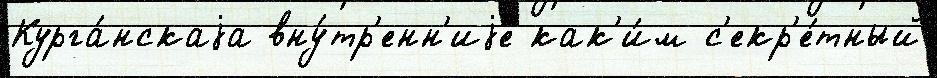
Курга́нскаjа вну́тр'енн'иjе как'и́м с'екр'е́тный